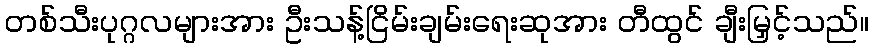
တစ်သီးပုဂ္ဂလများအား ဦးသန့်ငြိမ်းချမ်းရေးဆုအား တီထွင် ချီးမြှင့်သည်။